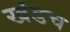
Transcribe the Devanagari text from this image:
खंडच